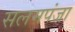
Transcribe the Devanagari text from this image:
सलमपंजा